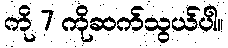
ကို 7 ကိုဆက်သွယ်ပါ။